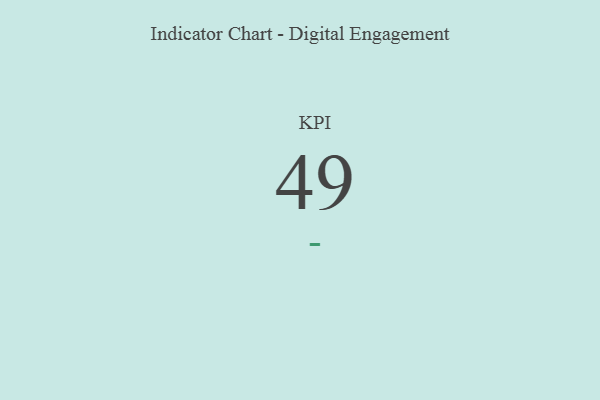
{"axis": {"x": "KPI", "y": "Value"}, "legend": [""], "data": [{"x": "KPI", "y": 49, "type": ""}]}